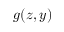
g ( z , y )